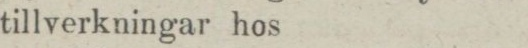
tillverkningar hos